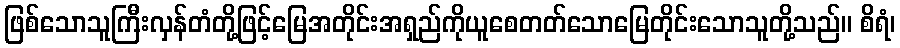
ဖြစ်သောသူကြီးလှန်တံတို့ဖြင့်မြေအတိုင်းအရှည်ကိုယူစေတတ်သောမြေတိုင်းသောသူတို့သည်။ စိရံ၊